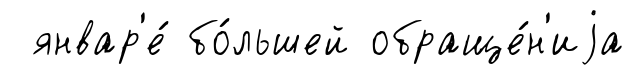
январ'е́ бо́льшей обраще́н'иjа